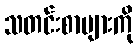
သတင်းစာများကို